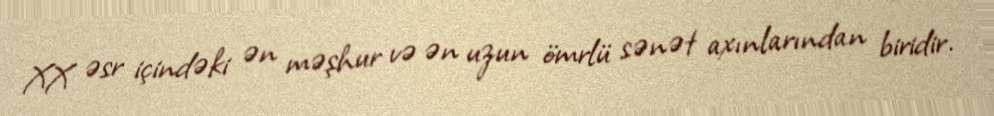
XX əsr içindəki ən məşhur və ən uzun ömrlü sənət axınlarından biridir.